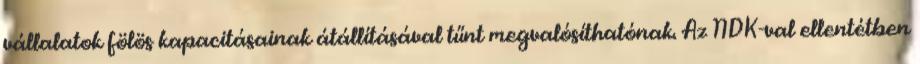
vállalatok fölös kapacitásainak átállításával tűnt megvalósíthatónak. Az NDK-val ellentétben